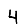
Digit: 4